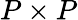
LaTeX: P\times P